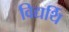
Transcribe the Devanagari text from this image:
विद्यर्थि